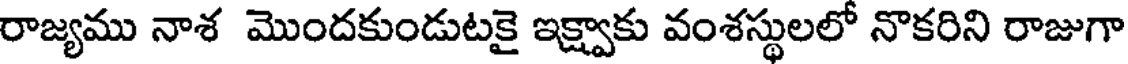
రాజ్యము నాశ మొందకుండుటకై ఇక్ష్వాకు వంశస్థులలో నొకరిని రాజుగా